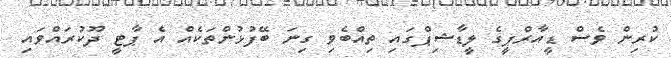
ކުރިން ވެސް ޑީއާރްޕީގެ ލީޑާޝިޕްގައި ތިއްބެވި ގިނަ ބޭފުޅުންތަކެއް އެ ޕާޓީ ދޫކުރައްވައި